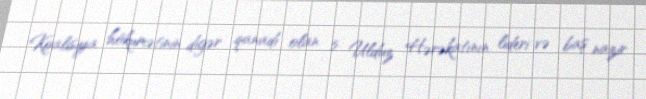
Koalisiya hökumətinin digər qanadı olan 5 Ulduz Hərəkatının lideri və baş nazir